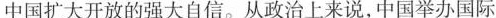
中国扩大开放的强大自信。从政治上来说，中国举办国际